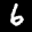
Label: 6